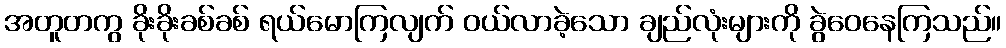
အတူတကွ ခိုးခိုးခစ်ခစ် ရယ်မောကြလျက် ဝယ်လာခဲ့သော ချည်လုံးများကို ခွဲဝေနေကြသည်။